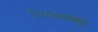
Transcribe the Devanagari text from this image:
१४००पासून